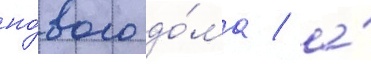
но́вого до́ма / а́